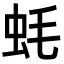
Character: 蚝